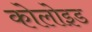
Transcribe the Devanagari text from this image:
कोलोइड